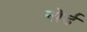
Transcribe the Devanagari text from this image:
नोर्ड